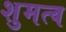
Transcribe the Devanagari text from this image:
शुमत्व